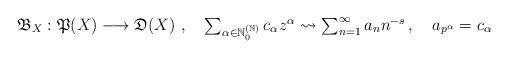
LaTeX: \begin{align*}\mathfrak{B}_X: \mathfrak{P}(X) & \longrightarrow \mathfrak{D}(X) \,\,, \,\,\,\,\,\,\textstyle\sum_{\alpha \in \mathbb{N}_{0}^{(\mathbb{N})}} c_{\alpha} z^{\alpha}\rightsquigarrow \textstyle\sum_{n=1}^{\infty} a_{n} n^{-s}\,, \,\,\, \,\,\, a_{p^{\alpha}} = c_{\alpha}\,\end{align*}